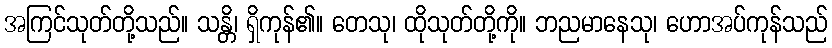
အကြင်သုတ်တို့သည်။ သန္တိ၊ ရှိကုန်၏။ တေသု၊ ထိုသုတ်တို့ကို။ ဘညမာနေသု၊ ဟောအပ်ကုန်သည်